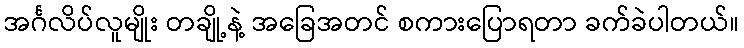
အင်္ဂလိပ်လူမျိုး တချို့နဲ့ အခြေအတင် စကားပြောရတာ ခက်ခဲပါတယ်။